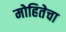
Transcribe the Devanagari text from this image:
मोहितेचा